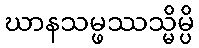
ဃာနသမ္ဖဿသ္မိမ္ပိ